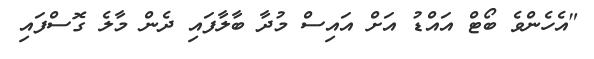
"އެހެންވެ ބޯޓް އައްޑު އަށް އައިސް މުދާ ބާލާފައި ދެން މާލެ ގޮސްފައި